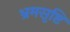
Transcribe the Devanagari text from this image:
भ्रमसृष्टि